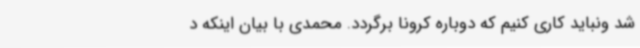
شد ونباید کاری کنیم که دوباره کرونا برگردد. محمدی با بیان اینکه د